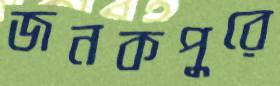
জনকপুরে